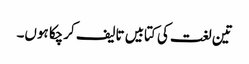
تین لغت کی کتابیں تالیف کرچکا ہوں۔